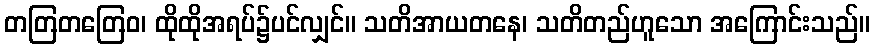
တတြတတြေဝ၊ ထိုထိုအရပ်၌ပင်လျှင်။ သတိအာယတနေ၊ သတိတည်ဟူသော အကြောင်းသည်။